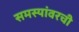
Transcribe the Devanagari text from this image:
समस्यांवरची